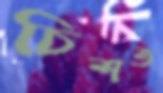
চিশত